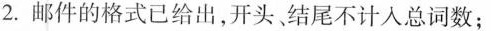
2.邮件的格式已给出，开头结尾不计入总词数；